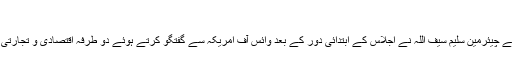
‘‘
پاکستانی سینیٹ کی خارجہ اُمور کمیٹی کے چیئرمین سلیم سیف اللہ نے اجلاس کے ابتدائی دور کے بعد وائس آف امریکہ سے گفتگو کرتے ہوئے دو طرفہ اقتصادی و تجارتی روابط بڑھانے کی ضرورت پر زور دیا۔